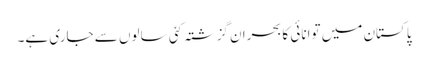
پاکستان میں توانائی کا بحران گزشتہ کئی سالوں سے جاری ہے۔